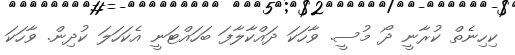
ކިހިނެތް ކުރާނީ ދޯ މުސީ. ވާހަކަ ދައްކާލާފަ ބަހައްޓަނީ އެކަހަލަ ކުދިން. ވާހަކަ